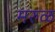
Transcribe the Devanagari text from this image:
मरुळ